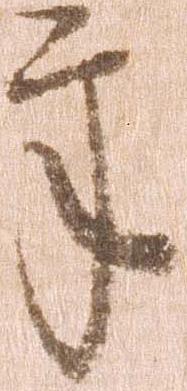
年